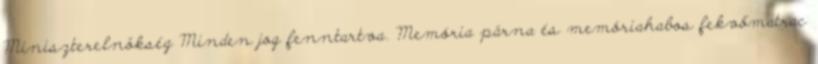
Miniszterelnökség Minden jog fenntartva. Memória párna és memóriahabos fekvőmatrac